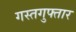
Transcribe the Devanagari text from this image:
गस्तगुफ्तार